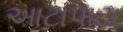
આટાપાટા